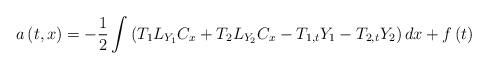
LaTeX: \begin{align*}a\left( t,x\right) =-\frac{1}{2}\int \left(T_{1}L_{Y_{1}}C_{x}+T_{2}L_{Y_{2}}C_{x}-T_{1,t}Y_{1}-T_{2,t}Y_{2}\right)dx+f\left( t\right) \end{align*}